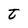
Character: t